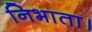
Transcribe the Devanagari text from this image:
निभाता।